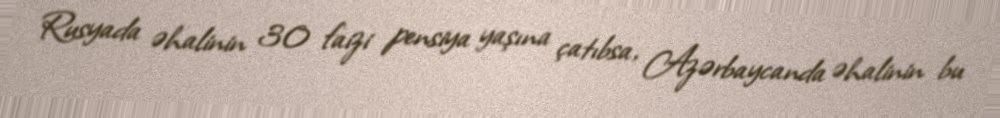
Rusyada əhalinin 30 faizi pensiya yaşına çatıbsa, Azərbaycanda əhalinin bu